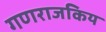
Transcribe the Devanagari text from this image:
गणराजकिय